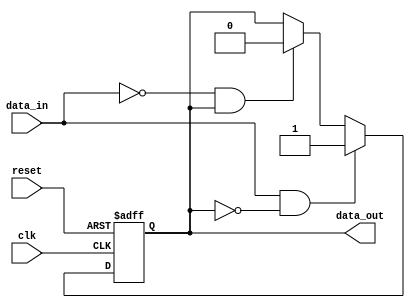
module schmitt_trigger_buffer (
input wire clk,
input wire reset,
input wire data_in,
output reg data_out
);

reg reg_data_out;

always @ (posedge clk or posedge reset)
begin
  if (reset)
    reg_data_out <= 1'b0;
  else if (data_in && !reg_data_out)
    reg_data_out <= 1'b1;
  else if (!data_in && reg_data_out)
    reg_data_out <= 1'b0;
end

assign data_out = reg_data_out;

endmodule